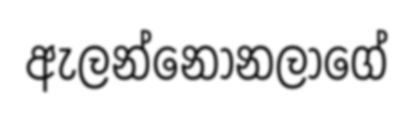
ඇලන්නෝනලාගේ